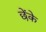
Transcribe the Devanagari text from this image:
छेंके